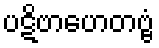
ပဋိဗာဟေတဗ္ဗံ